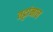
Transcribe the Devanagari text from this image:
तट्टांनाच